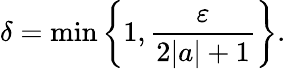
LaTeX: \delta=\operatorname*{min}{\left\{ 1,{\frac{\varepsilon}{2|a|+1}}\right\} }.